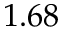
1 . 6 8